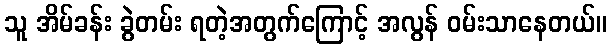
သူ အိမ်ခန်း ခွဲတမ်း ရတဲ့အတွက်ကြောင့် အလွန် ဝမ်းသာနေတယ်။